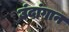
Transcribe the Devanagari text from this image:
उंदांगान